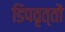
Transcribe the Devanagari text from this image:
डिपवृत्तों